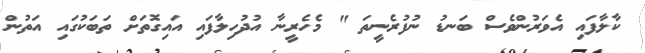
ކާލާފައި އެވަރުންވެސް ބަނޑު ނުފުރެނީތަ " މެހެރީނާ އުދުހިލާފައި އައިގޮތަށް ތަބަކުގައި އަތުން